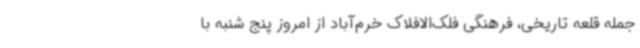
جمله قلعه تاریخی، فرهنگی فلک‌الافلاک خرم‌آباد از امروز پنج شنبه با